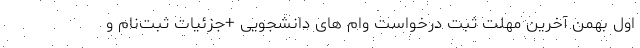
اول بهمن آخرین مهلت ثبت درخواست وام های دانشجویی +جزئیات ثبت‌نام و